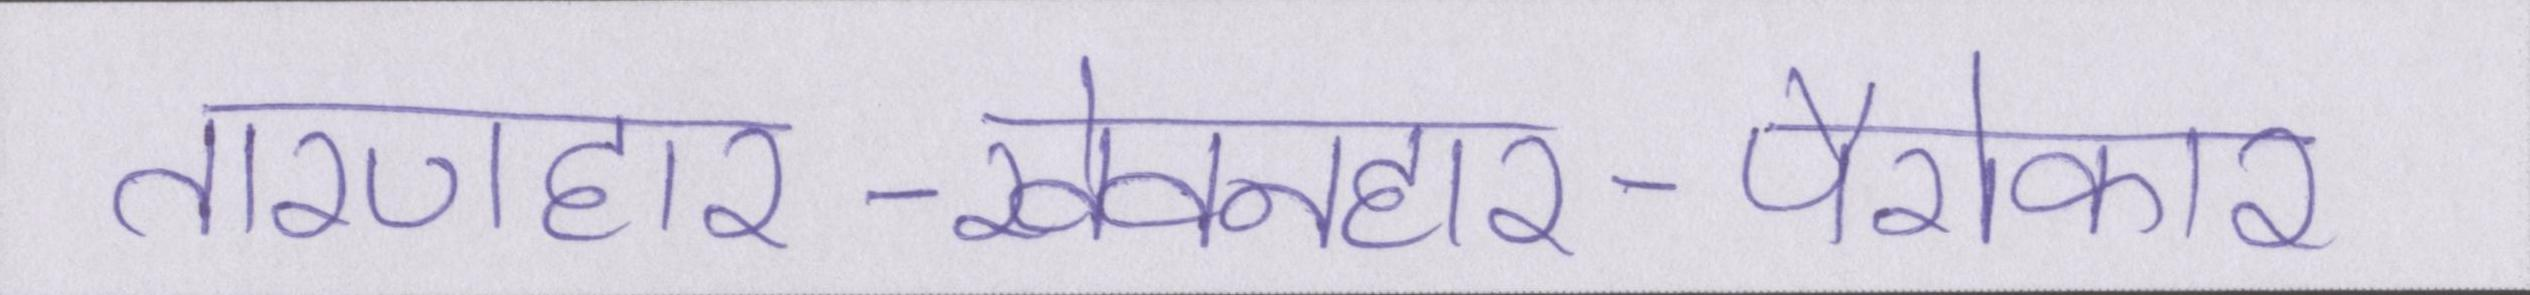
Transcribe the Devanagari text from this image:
तारणहार-खेवनहार-पैरोकार